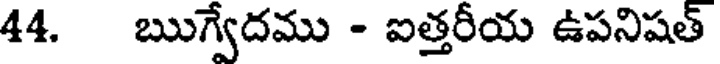
44. ఋగ్వేదము - ఐత్తరీయ ఉపనిషత్